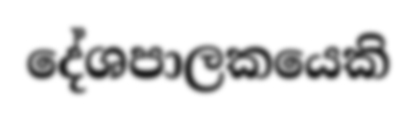
දේශපාලකයෙකි